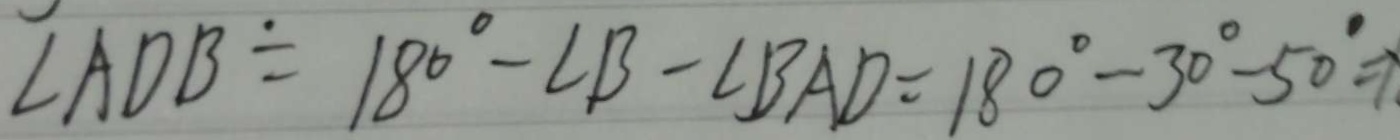
\angle A D B = 1 8 0 ^ { \circ } - \angle B - \angle B A D = 1 8 0 ^ { \circ } - 3 0 ^ { \circ } - 5 0 ^ { \circ } =